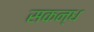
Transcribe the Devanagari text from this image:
सकन्ध